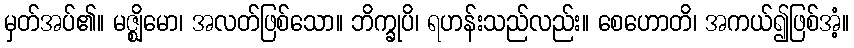
မှတ်အပ်၏။ မဇ္ဈိမော၊ အလတ်ဖြစ်သော။ ဘိက္ခုပိ၊ ရဟန်းသည်လည်း။ စေဟောတိ၊ အကယ်၍ဖြစ်အံ့။